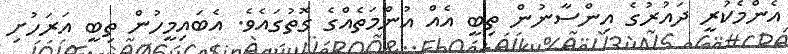
އެންމެކުރީ ދައުރުގެ އިންސާނުން ތިބީ އެއް އުންމަތެއްގެ ގޮތުގައެވެ. އެބައިމީހުން ތިބީ އަރަހުށި